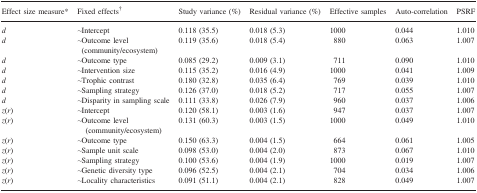
<table><thead><tr><td><b>Effect size measure*</b></td><td><b>Fixed effects†</b></td><td><b>Study variance (%)</b></td><td><b>Residual variance (%)</b></td><td><b>Effective samples</b></td><td><b>Auto-correlation</b></td><td><b>PSRF</b></td></tr></thead><tbody><tr><td><i>d</i></td><td>∼Intercept</td><td>0.118 (35.5)</td><td>0.018 (5.3)</td><td>1000</td><td>0.044</td><td>1.010</td></tr><tr><td><i>d</i></td><td>∼Outcome level (community/ecosystem)</td><td>0.119 (35.6)</td><td>0.018 (5.4)</td><td>880</td><td>0.063</td><td>1.007</td></tr><tr><td><i>d</i></td><td>∼Outcome type</td><td>0.085 (29.2)</td><td>0.009 (3.1)</td><td>711</td><td>0.090</td><td>1.010</td></tr><tr><td><i>d</i></td><td>∼Intervention size</td><td>0.115 (35.2)</td><td>0.016 (4.9)</td><td>1000</td><td>0.041</td><td>1.009</td></tr><tr><td><i>d</i></td><td>∼Trophic contrast</td><td>0.180 (32.8)</td><td>0.035 (6.4)</td><td>769</td><td>0.039</td><td>1.010</td></tr><tr><td><i>d</i></td><td>∼Sampling strategy</td><td>0.126 (37.0)</td><td>0.018 (5.2)</td><td>717</td><td>0.055</td><td>1.007</td></tr><tr><td><i>d</i></td><td>∼Disparity in sampling scale</td><td>0.111 (33.8)</td><td>0.026 (7.9)</td><td>960</td><td>0.037</td><td>1.006</td></tr><tr><td><i>z</i>(<i>r</i>)</td><td>∼Intercept</td><td>0.120 (58.1)</td><td>0.003 (1.6)</td><td>947</td><td>0.037</td><td>1.007</td></tr><tr><td><i>z</i>(<i>r</i>)</td><td>∼Outcome level (community/ecosystem)</td><td>0.131 (60.3)</td><td>0.003 (1.5)</td><td>1000</td><td>0.049</td><td>1.010</td></tr><tr><td><i>z</i>(<i>r</i>)</td><td>∼Outcome type</td><td>0.150 (63.3)</td><td>0.004 (1.5)</td><td>664</td><td>0.061</td><td>1.005</td></tr><tr><td><i>z</i>(<i>r</i>)</td><td>∼Sample unit scale</td><td>0.098 (53.0)</td><td>0.004 (2.0)</td><td>873</td><td>0.067</td><td>1.010</td></tr><tr><td><i>z</i>(<i>r</i>)</td><td>∼Sampling strategy</td><td>0.100 (53.6)</td><td>0.004 (1.9)</td><td>1000</td><td>0.019</td><td>1.007</td></tr><tr><td><i>z</i>(<i>r</i>)</td><td>∼Genetic diversity type</td><td>0.096 (52.5)</td><td>0.004 (2.1)</td><td>704</td><td>0.034</td><td>1.006</td></tr><tr><td><i>z</i>(<i>r</i>)</td><td>∼Locality characteristics</td><td>0.091 (51.1)</td><td>0.004 (2.1)</td><td>828</td><td>0.049</td><td>1.007</td></tr></tbody></table>